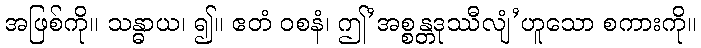
အဖြစ်ကို။ သန္ဓာယ၊ ၍။ ဧတံ ဝစနံ၊ ဤ’အစ္စန္တဒုဿီလျံ’ဟူသော စကားကို။